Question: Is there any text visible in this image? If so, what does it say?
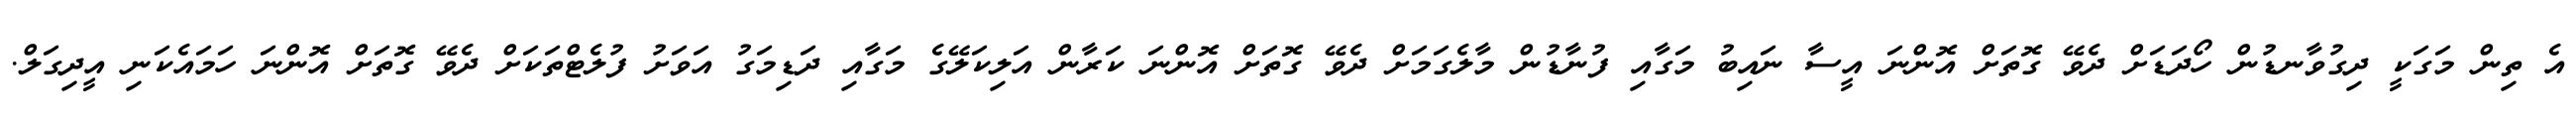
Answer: އެ ތިން މަގަކީ ދިގުވާނޑުން ހޯދަޑަށް ދެވޭ ގޮތަށް އޮންނަ އީސާ ނައިބު މަގާއި ފުނާޑުން މާލެގަމަށް ދެވޭ ގޮތަށް އޮންނަ ކަރާން އަލިކަލޭގެ މަގާއި ދަޑިމަގު އަވަށު ފުލެޓްތަކަށް ދެވޭ ގޮތަށް އޮންނަ ހަމައެކަނި އީދިގަލް.